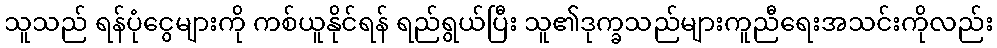
သူသည် ရန်ပုံငွေများကို ကစ်ယူနိုင်ရန် ရည်ရွယ်ပြီး သူ၏ဒုက္ခသည်များကူညီရေးအသင်းကိုလည်း